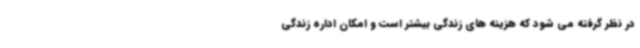
در نظر گرفته می شود که هزینه های زندگی بیشتر است و امکان اداره زندگی